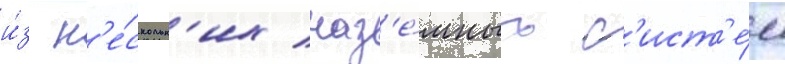
и́з н'е́скольк'их наз'е́мных с'ист'е́м